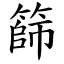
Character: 篩